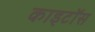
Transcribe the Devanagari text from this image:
काइटॉस